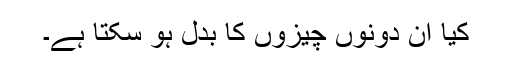
کیا ان دونوں چیزوں کا بدل ہو سکتا ہے۔